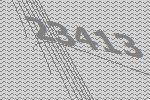
23413